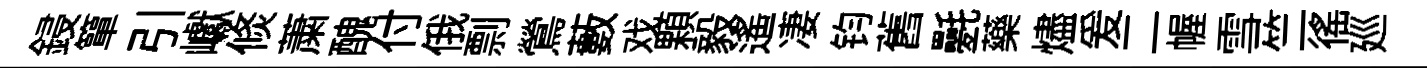
鋟簞引巘倐䔥醜付俄剽鶯藪戏顆毅遥凄钧舊氎藥燼爰二幄雪竺徭廵